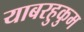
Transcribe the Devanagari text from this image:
याबरहुकुम